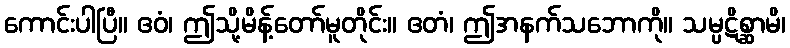
ကောင်းပါပြီ။ ဧဝံ၊ ဤသို့မိန့်တော်မူတိုင်း။ ဧတံ၊ ဤအနက်သဘောကို။ သမ္ပဋိစ္ဆာမိ၊